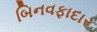
બિનવફાદાર